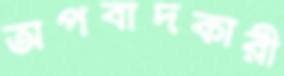
অপবাদকারী